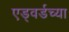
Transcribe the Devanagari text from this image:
एड्वर्डच्या